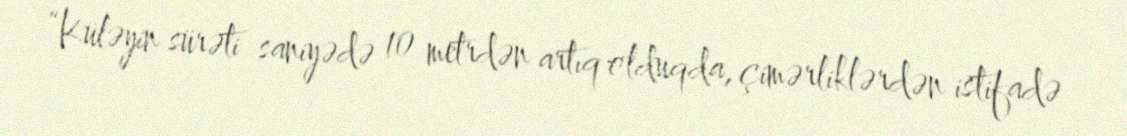
“Küləyin sürəti saniyədə 10 metrdən artıq olduqda, çimərliklərdən istifadə